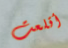
أقلعت